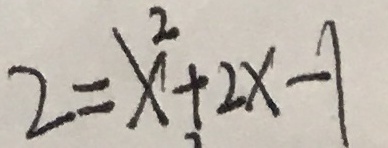
2 = x ^ { 2 } + 2 x - 1